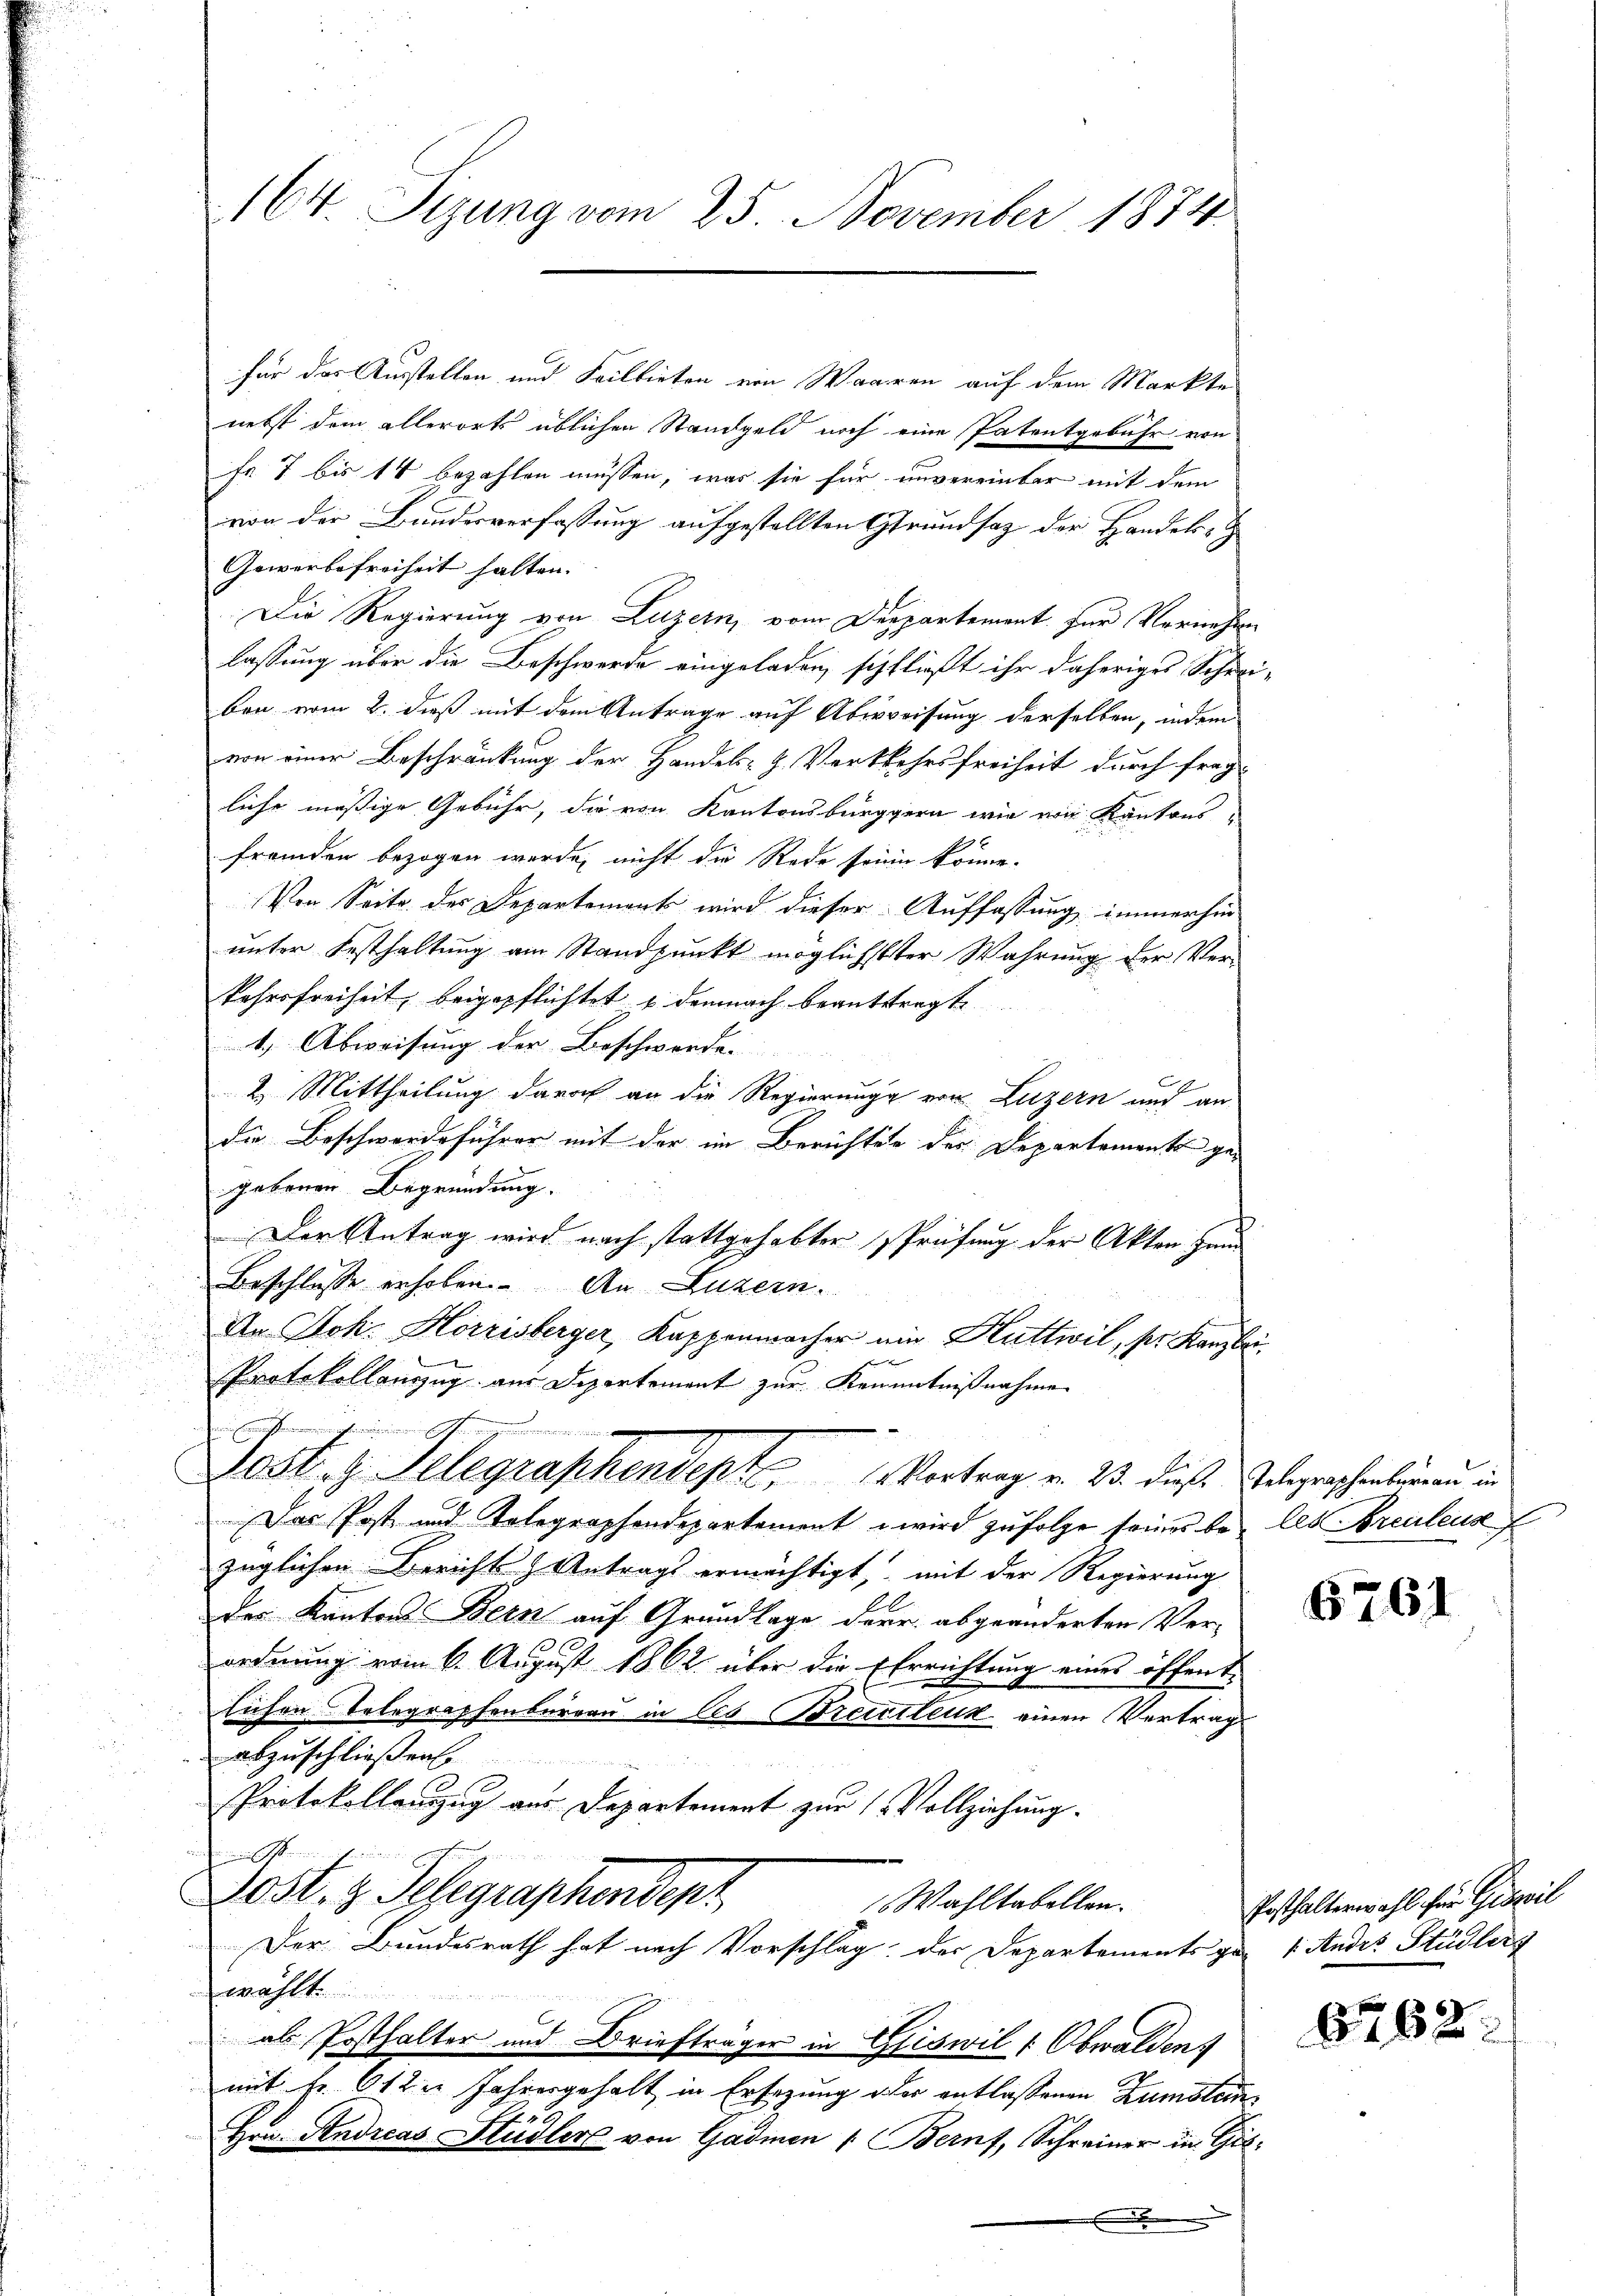
164. Sizung vom 25. November 1874.

für das Ausstellen und Feilbieten von Waaren auf dem Markte
nebst dem allerorts üblichen Standgeld noch eine Patentgebühr von
fr 7 bis 14 bezahlen müssen, was sie für unvereinbar mit dem
vion der Bundesverfassung aufgestellten Grundsaz der Handels-
Gewerbefreiheit halten. |
Die Regierung von Luzern, vom Departement. Für Vornehmen
lassung über die Beschwerde eingeladen, schfließt ihr daheriges Schreiben vom 2. dieß mit dem Antrage auf Abweisung derselben, indem
von einer Beschränkung der Handels- H. Vorkehrsfreiheit durch frag-
liche mäßige Gebühr, die von Kantonsbürggern wie von Kantonsfremden bezogen werde, nicht die Rede seiner könne.
Von Seite der Departement wird dieser Auffassung immerhin
unter Festhaltung am Standpunkt möglichster Wahrung der Ver-
kehrsfreiheit, beigepflichtet u demnach beantragt
4.) Abweisung der Beschwerden
2
2. Mittheilung darob an die Regierung von Luzern und an
die Beschwerdeführer mit der im Berichten des Departement ge-
gebenen Begründung.
Der Antrag wird nach stattgehabter Prüfung der Akten Hau
Beschlusse erhoben. An Luzern.
In Joh. Horrisberger, Kappenwacher ein Huttwil, per Kanzlei
e
Protokollanzzug aus Departement zur Kenntnißnahme
E S
e
Sost. g. Telegraphensept Vortrag v. 23. dieß Gelegraphenbureau in
Das Post und Telegraphendepartement wird zufolge seines be- Als Brenleus
züglichen Berichts Antrags ermächtigt, mit der Regierung
des Kantons Bern auf Grundlage der abgeänderten Verordnung vom 6. August 1862 über die Ehrrichtung eines öffent-
lichen Telegraphenbureau in des Breitlenk einen Vertrag
abzuschließen
 xxx
Protokollenzug aus Departement zur Vollziehung.
inein Mann
Dost. z. Telegraphendenz
Wahltabellen.
Der Bundesrath hat nach Vorschlag der Departements zu 1. Andes Studler
wählt
als Posthalter und Briefträger in Griswil, Obwalden
mit Fr. 612. Jahresgehalt in Ersezung oder entlassenen Zumstan
Hrn. Andreas Stüdler von Gadmen : Bern, Schreiner in Git¬

6761

Posthalterwahl für Giswil

8762.